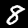
Label: 8